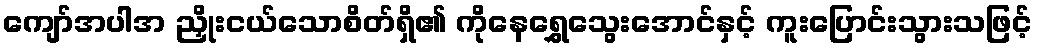
ကျော်အပါအ ညှိုးငယ်သောစိတ်ရှိ၏ ကိုနေရွှေသွေးအောင်နှင့် ကူးပြောင်းသွားသဖြင့်